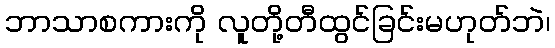
ဘာသာစကားကို လူတို့တီထွင်ခြင်းမဟုတ်ဘဲ၊